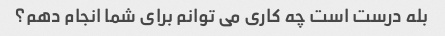
بله درست است چه کاری می توانم برای شما انجام دهم؟